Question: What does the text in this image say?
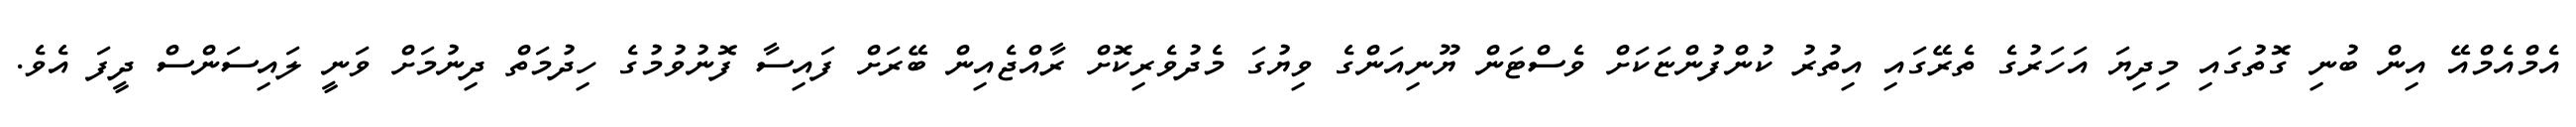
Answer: އެމްއެމްއޭ އިން ބުނި ގޮތުގައި މިދިޔަ އަހަރުގެ ތެރޭގައި އިތުރު ކުންފުންޏަކަށް ވެސްޓަން ޔޫނިއަންގެ ވިޔުގަ މެދުވެރިކޮށް ރާއްޖެއިން ބޭރަށް ފައިސާ ފޮނުވުމުގެ ހިދުމަތް ދިނުމަށް ވަނީ ލައިސަންސް ދީފަ އެވެ.